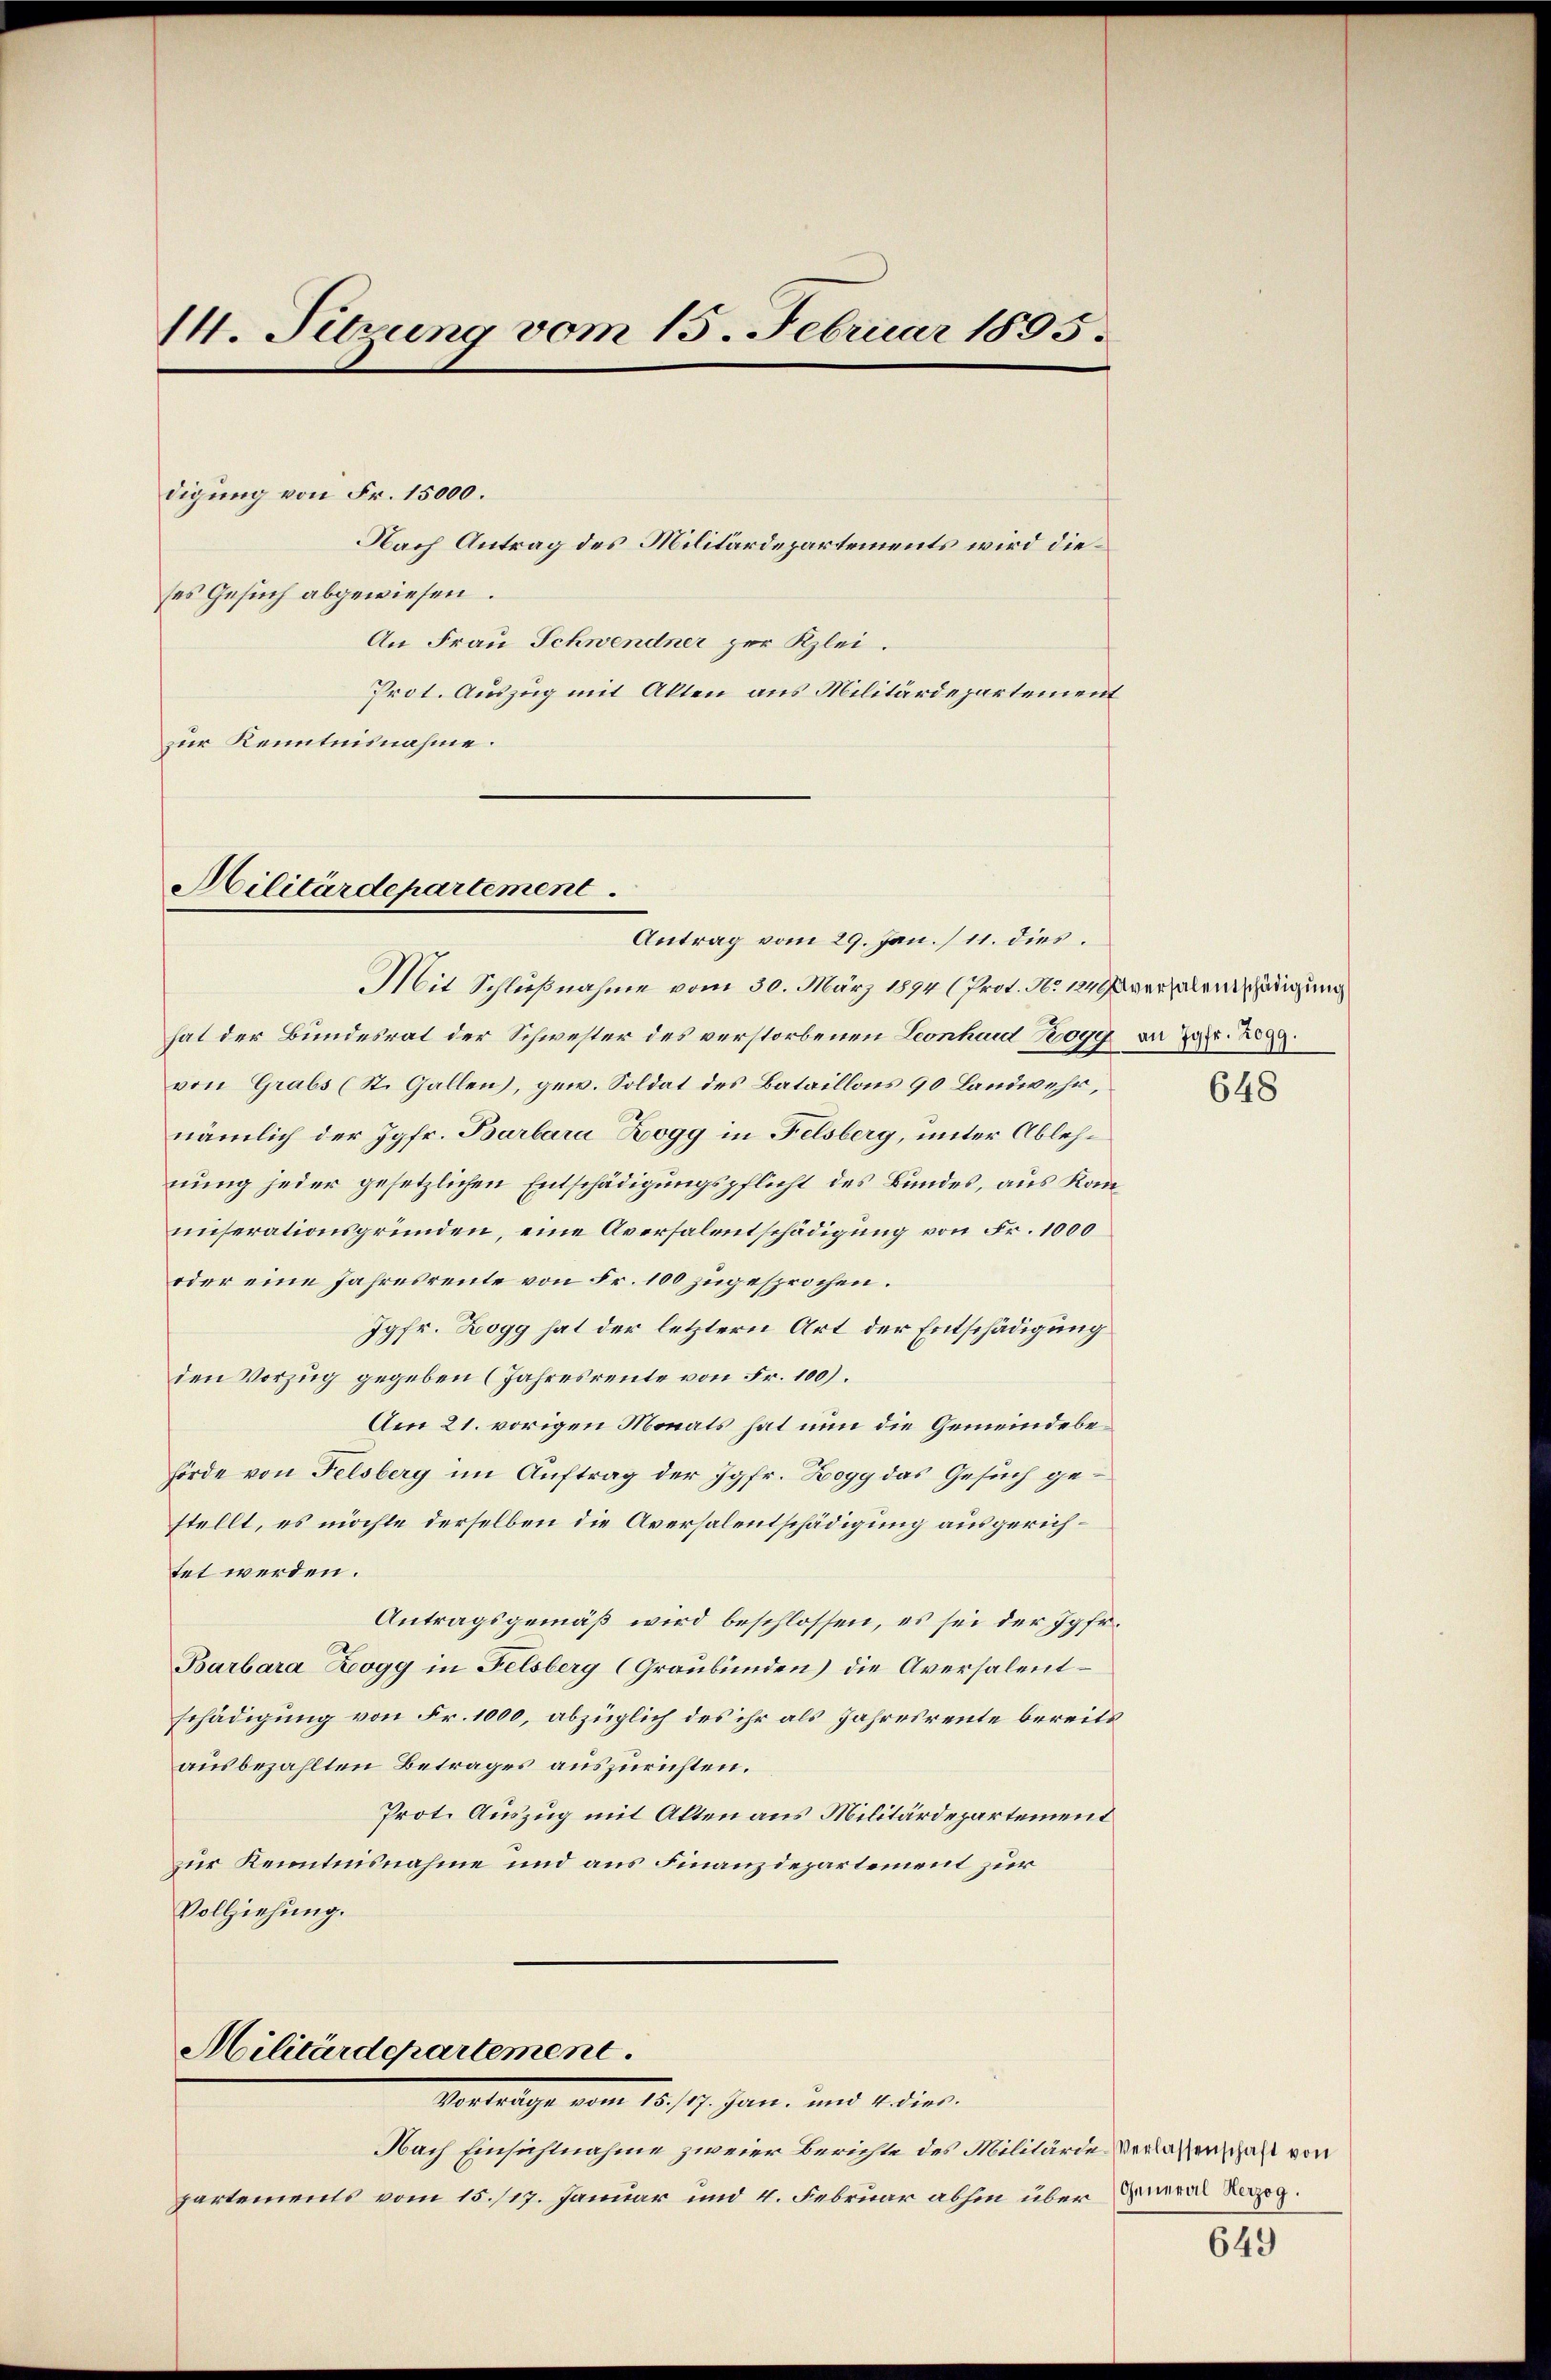
14. Sitzung vom 15. Februar 1895.

digung von Fr. 15000.
Nach Antrag des Militärdepartements wird die
ses Gesuch abgewiesen.
An Frau Schwendner zur Klei¬
Prot. Auszug mit Akten aus Militärdepartement
zur Kenntnisnahme.

Militärdepartement

Militärdepartement.
Vertrage vom 18./17. Jan. und 6. dies

Nach Einsichtnahme zweier Berichte des Militärde Verlassenschaft von
partements vom 15./17. Januar und 4. Februar abhin über General Herzog.

Antrag vom 29. Jan. 11. dies.
Mit Schlußnahme vom 30. März 1894 (Prot. No. 1849 veralentschädigung
hat der Bundesrat der Schwester des verstorbenen Leonhard 1099 an dat. Re
von Grabs (St. Gallen), gew. Soldat des Bataillons 90 Landwehr,
nämlich der Jgfr. Barbara Bogg in Felsberg, unter Ablehnung jeder gesetzlichen Entschädigungspflicht des Bundes, aus Kanunserationsgründen, eine Aversalentschädigung von Fr. 1000
oder eine Jahresrente von Fr. 100 zugesprochen.
Jgfr. Zogg hat der letztern Art der Entschädigung
den Vorzug gegeben (Jahresreute von Fr. 100).
Am 21. vorigen Monats hat nun die Gemeindebehörde von Felsberg im Auftrag der Jgfr. Bogg das Gesuch gestellt, es möchte derselben die Aversalentschädigung ausgerichtet werden.
Antragsgemäß wird beschlossen, es sei der Jgfr.
Barbara Zoogg in Felsberg (Graubünden) die Aversalentschädigung von Fr. 1000, abzüglich des ihr als Jahresreute bereits
ausbezahlten Betrages auszurichten.
Prot. Auszug mit Akten aus Militärdepartement
zur Kenntnisnahme und aus Finanzdepartement zur
Vollziehung.

648

649